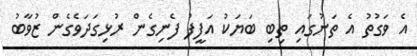
އެ ވަގުތު އެ ތަނުގައި ތިބި ބަޔަކު އަފީފު ފެނިގެން ރުޅިގަދަވެގެން ޒުވާބު